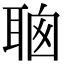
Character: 𦕻